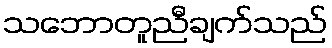
သဘောတူညီချက်သည်